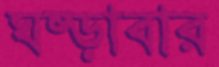
ঘষ্‌ড়াবার